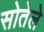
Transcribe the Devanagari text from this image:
सोतेले